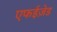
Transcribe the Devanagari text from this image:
एफईज़ेड